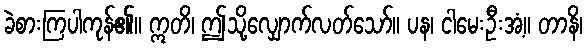
ခဲစားကြပါကုန်၏။ ဣတိ၊ ဤသို့လျှောက်လတ်သော်။ ပန၊ ငါမေးဦးအံ့။ တာနိ၊